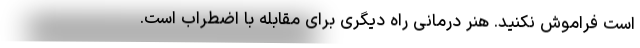
است فراموش نکنید. هنر درمانی راه دیگری برای مقابله با اضطراب است.